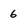
Character: 6